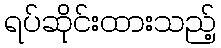
ရပ်ဆိုင်းထားသည့်